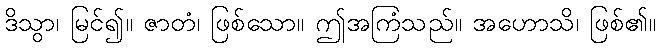
ဒိသွာ၊ မြင်၍။ ဇာတံ၊ ဖြစ်သော။ ဤအကြံသည်။ အဟောသိ၊ ဖြစ်၏။